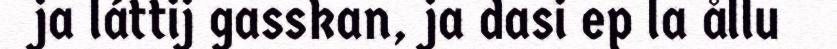
ja láttij gasskan, ja dasi ep la ållu